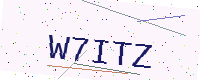
Text: W7ITZ